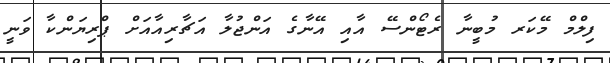
ފިލްމް މޭކަރ މުބީނާ ރެޓޯންސޭ އާއި އޭނާގެ އަންޖުލާ އަޗާރިއާއަށް ޕްރިޔަންކާ ވަނީ